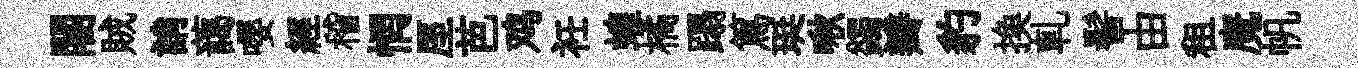
闍賊誚藹嚶經稽惘厔芭鸡衽蝗橘蹋篤珽啾蠲瓣豹换軋髻由租魔帆